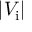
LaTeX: | V _ { \mathrm { i } } |